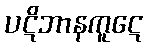
ပဋိဘာနကူဋေ